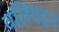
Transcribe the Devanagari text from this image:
वलियदन